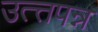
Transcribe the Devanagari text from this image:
उत्त्तपन्न